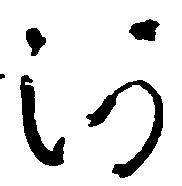
河